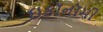
ઇકૉનૉમી